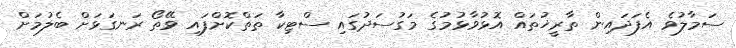
ސަމާލުވެ އެފަދައިން ތާރީޚުތައް އޮޅުވާޅުމުގެ މަގުސަދުގައި ސްޓިކާ ތަތްކޮށްފައި ވޭތޯ ރަނގަޅަށް ބެލުމަށް